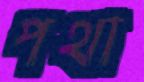
পথা